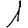
Digit: 1